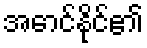
အောင်နိုင်၏